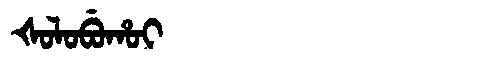
Manchu: ᡧᠣᠯᠣᠪᡠᡥᠣᡳ
Romanization: ŠOLOBUHOI